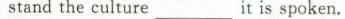
stand the culture__it is spoken.